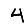
Digit: 4